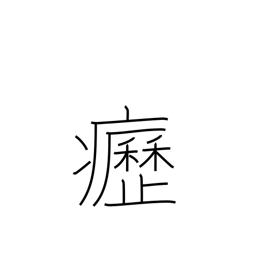
Meaning: swollen neck glands